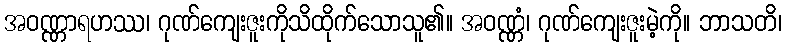
အဝဏ္ဏာရဟဿ၊ ဂုဏ်ကျေးဇူးကိုသိထိုက်သောသူ၏။ အဝဏ္ဏံ၊ ဂုဏ်ကျေးဇူးမဲ့ကို။ ဘာသတိ၊